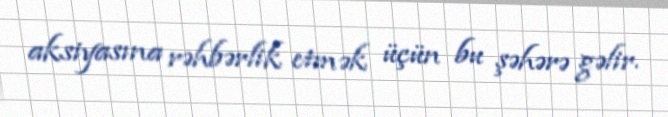
aksiyasına rəhbərlik etmək üçün bu şəhərə gəlir.